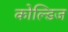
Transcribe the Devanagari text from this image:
कोल्डिज